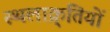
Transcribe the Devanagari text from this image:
स्थलाक्र्तियों